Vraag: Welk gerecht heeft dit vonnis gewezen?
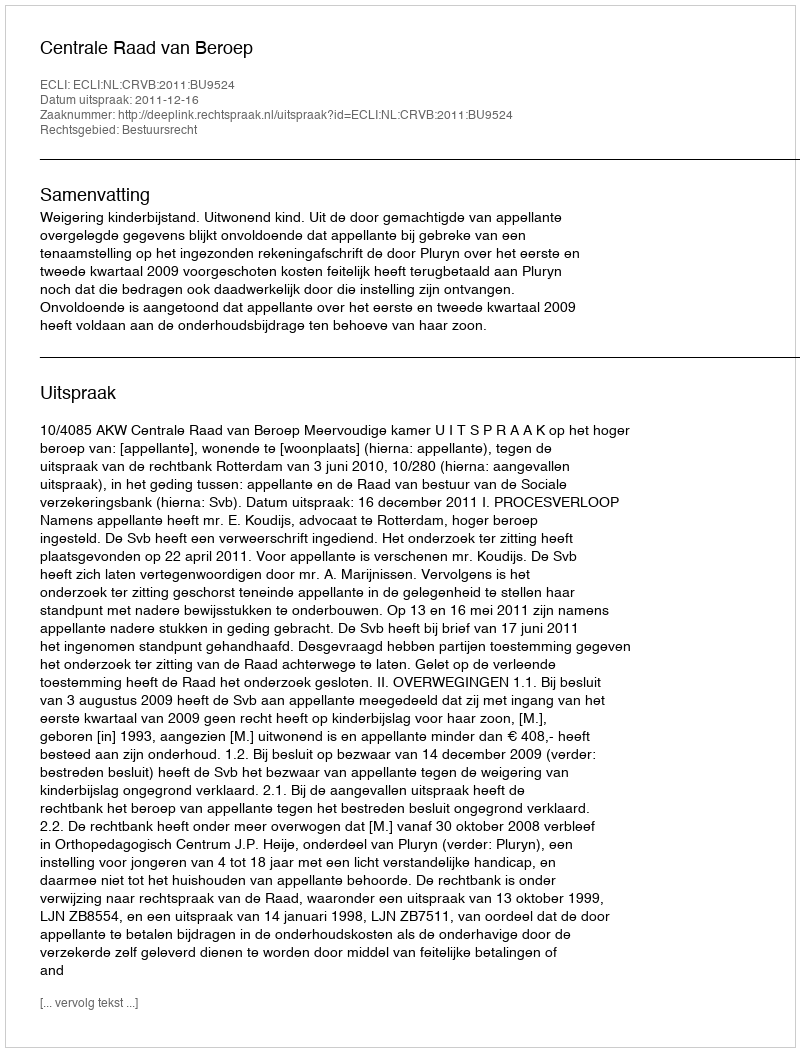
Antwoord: Centrale Raad van Beroep